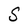
Character: S